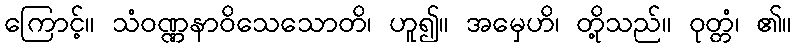
ကြောင့်။ သံဝဏ္ဏနာဝိသေသောတိ၊ ဟူ၍။ အမှေဟိ၊ တို့သည်။ ဝုတ္တံ၊ ၏။